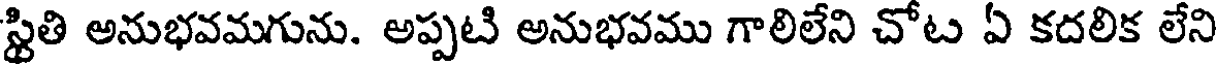
స్థితి అనుభవమగును. అప్పటి అనుభవము గాలిలేని చోట ఏ కదలిక లేని